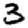
Digit: 3